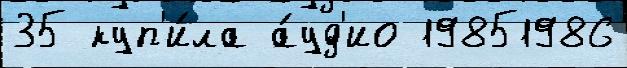
35 куп'и́ла а́уд'ио 19851986